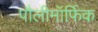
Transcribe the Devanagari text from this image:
पौलीमॉर्फिक